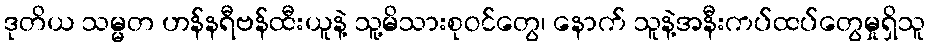
ဒုတိယ သမ္မတ ဟန်နရီဗန်ထီးယူနဲ့ သူ့မိသားစုဝင်တွေ၊ နောက် သူနဲ့အနီးကပ်ထပ်တွေမှုရှိသူ